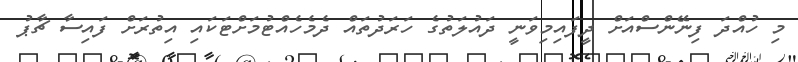
މި ހުއްދަ ފިނޭންސްއަށް ދީފައިމިވަނީ ދައުލަތުގެ ހަރަދުތައް ދެމެހެއްޓުމަށްޓަކައި އިތުރަށް ފައިސާ ޗާޕު